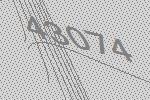
43074